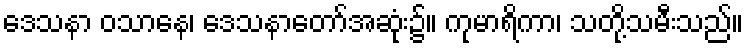
ဒေသနာ ဝသာနေ၊ ဒေသနာတော်အဆုံး၌။ ကုမာရိကာ၊ သတို့သမီးသည်။